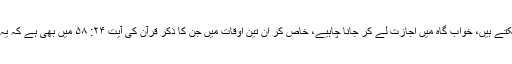
صرف گھروں میں آ جا سکتے ہیں، خواب گاہ میں اجازت لے کر جانا چاہیے، خاص کر اُن تین اوقات میں جن کا ذکر قرآن کی آیت ۲۴: ۵۸ میں بھی ہے کہ یہ تین اوقات پردے کے ہیں۔